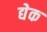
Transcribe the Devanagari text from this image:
द्येक